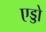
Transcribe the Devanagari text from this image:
एड्डो